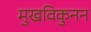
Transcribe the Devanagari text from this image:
मुखविकुनन